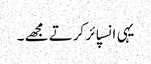
یہی انسپائر کرتے مجھے ۔